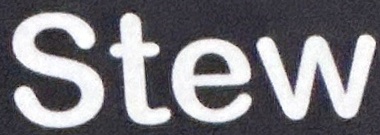
Stew